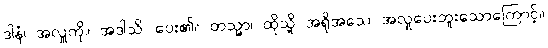
ဒါနံ၊ အလှူကို။ အဒါသိ၊ ပေး၏။ တသ္မာ၊ ထိုသို့ အရိုအသေ အလှုပေးဘူးသောကြောင့်။